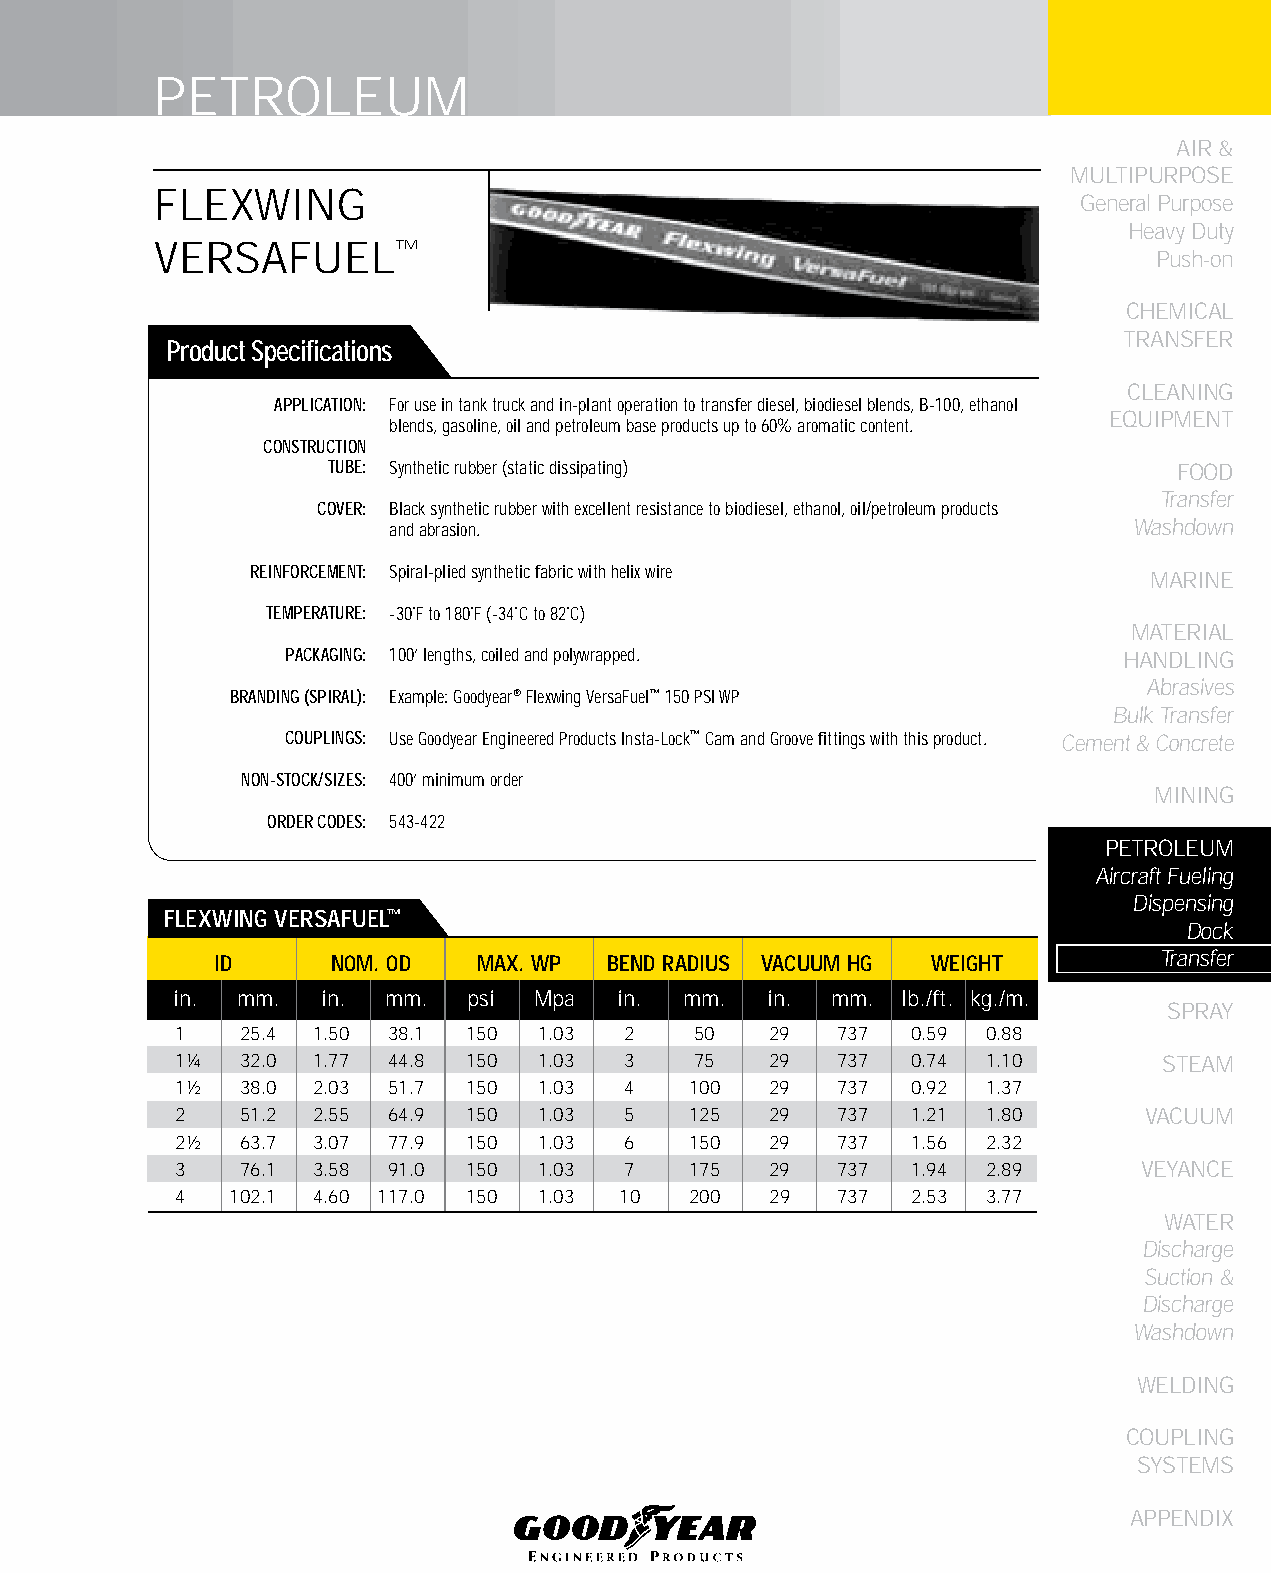
PETROLEUM
 AIR &
 MULTIPURPOSE
 FLEXWING
 General Purpose
 Heavy Duty
 VERSAFUEL™
 Push-on
 CHEMICAL
 TRANSFER
 Product Specifications
 CLEANING
 APPLICATION: For use in tank truck and in-plant operation to transfer diesel, biodiesel blends, B-100, ethanol
 EqUIPMENT
 blends, gasoline, oil and petroleum base products up to 60% aromatic content.
 CONSTRUCTION
 TUBE: Synthetic rubber (static dissipating)             FOOD
 Transfer
 COVER: Black synthetic rubber with excellent resistance to biodiesel, ethanol, oil/petroleum products
 and abrasion.                                    Washdown
 REINFORCEMENT: Spiral-plied synthetic fabric with helix wire
 MARINE
 TEMPERATURE: -30˚F to 180˚F (-34˚C to 82˚C)
 MATERIAL
 PACKAGING: 100’ lengths, coiled and polywrapped.       HANDLING
 Abrasives
 BRANDING (SPIRAL): Example: Goodyear® Flexwing VersaFuel™ 150 PSI WP
 Bulk Transfer
 COUPLINGS: Use Goodyear Engineered Products Insta-Lock™ Cam and Groove fittings with this product. Cement & Concrete
 NON-STOCK/SIZES: 400’ minimum order
 MINING
 ORDER CODES: 543-422
 PETROLEUM
 Aircraft Fueling
 Dispensing
 fLEXWING VERSAfUEL™
 Dock
 ID      NOM. OD   MAX. WP bEND RADIUS VACUUM HG WEIGHT         Transfer
 in. mm.  in.  mm.  psi Mpa   in. mm.   in. mm.  lb./ft. kg./m.
 SPRAY
 1   25.4 1.50 38.1 150  1.03 2    50   29  737  0.59 0.88
 1¼  32.0 1.77 44.8 150  1.03 3    75   29  737  0.74 1.10        STEAM
 1½  38.0 2.03 51.7 150  1.03 4    100  29  737  0.92 1.37
 2   51.2 2.55 64.9 150  1.03 5    125  29  737  1.21 1.80       VACUUM
 2½  63.7 3.07 77.9 150  1.03 6    150  29  737  1.56 2.32
 3   76.1 3.58 91.0 150  1.03 7    175  29  737  1.94 2.89       VEYANCE
 4  102.1 4.60 117.0 150 1.03 10   200  29  737  2.53 3.77
 WATER
 Discharge
 Suction &
 Discharge
 Washdown
 WELDING
 COUPLING
 SYSTEMS
 APPENDIX
 177